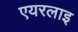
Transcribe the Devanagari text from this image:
एयरलाइ